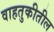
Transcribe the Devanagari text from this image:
वाहतुकीतील